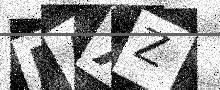
Text: EAXZ